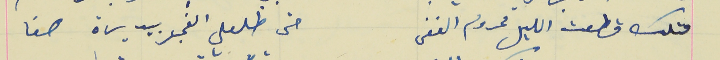
متلك قطعت الليل محروم الغفى                                     حتى طلعلي الفجر بيديرة هنا